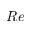
R e